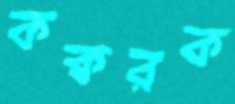
কক্বরক